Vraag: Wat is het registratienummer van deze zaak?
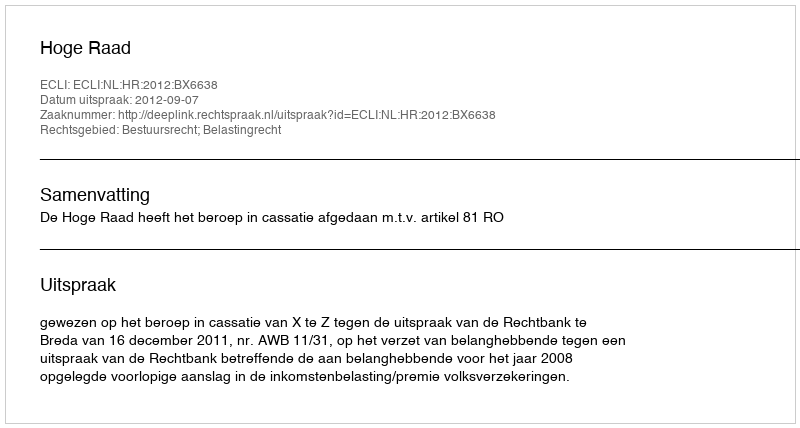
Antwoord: http://deeplink.rechtspraak.nl/uitspraak?id=ECLI:NL:HR:2012:BX6638